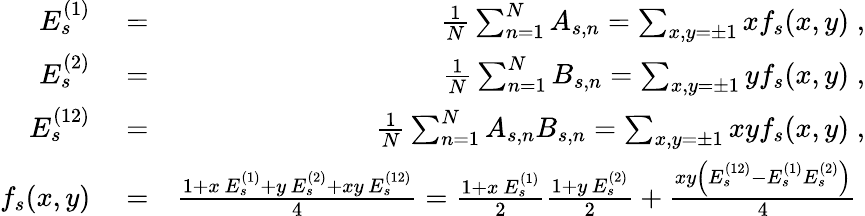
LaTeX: \begin{array}{rlr}{E_{s}^{(1)}}&{{}=}&{\frac{1}{N}\sum_{n=1}^{N}A_{s,n}=\sum_{x,y=\pm 1}xf_{s}(x,y)\; ,}\\ {E_{s}^{(2)}}&{{}=}&{\frac{1}{N}\sum_{n=1}^{N}B_{s,n}=\sum_{x,y=\pm 1}yf_{s}(x,y)\; ,}\\ {E_{s}^{(12)}}&{{}=}&{\frac{1}{N}\sum_{n=1}^{N}A_{s,n}B_{s,n}=\sum_{x,y=\pm 1}xyf_{s}(x,y)\; ,}\\ {f_{s}(x,y)}&{{}=}&{\frac{1+x\, E_{s}^{(1)}+y\, E_{s}^{(2)}+xy\, E_{s}^{(12)}}{4}=\frac{1+x\, E_{s}^{(1)}}{2}\frac{1+y\, E_{s}^{(2)}}{2}+\frac{xy\left(E_{s}^{(12)}-E_{s}^{(1)}E_{s}^{(2)}\right)}{4}\; }\end{array}